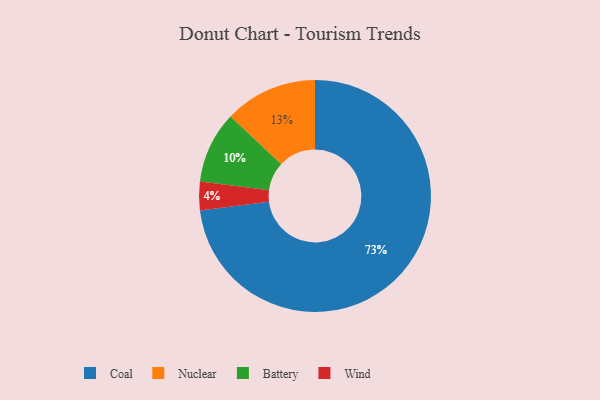
{"axis": {"x": "Category", "y": "Percentage"}, "legend": ["Battery", "Coal", "Nuclear", "Wind"], "data": [{"x": "Nuclear", "y": 13, "type": "Nuclear"}, {"x": "Coal", "y": 73, "type": "Coal"}, {"x": "Wind", "y": 4, "type": "Wind"}, {"x": "Battery", "y": 10, "type": "Battery"}]}